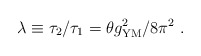
\begin{align*}\lambda\equiv\tau_2/\tau_1=\theta g_{\rm YM}^2/8\pi^2~.\end{align*}